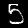
Digit: 5